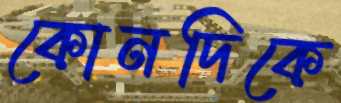
কোনদিকে